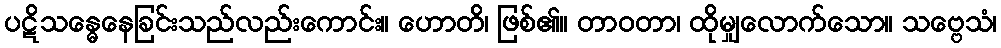
ပဋိသန္ဓေနေခြင်းသည်လည်းကောင်း။ ဟောတိ၊ ဖြစ်၏။ တာဝတာ၊ ထိုမျှလောက်သော။ သဗ္ဗေသံ၊